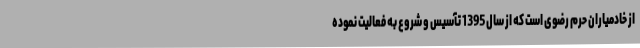
از خادمیاران حرم رضوی است که از سال 1395 تآسیس و شروع به فعالیت نموده